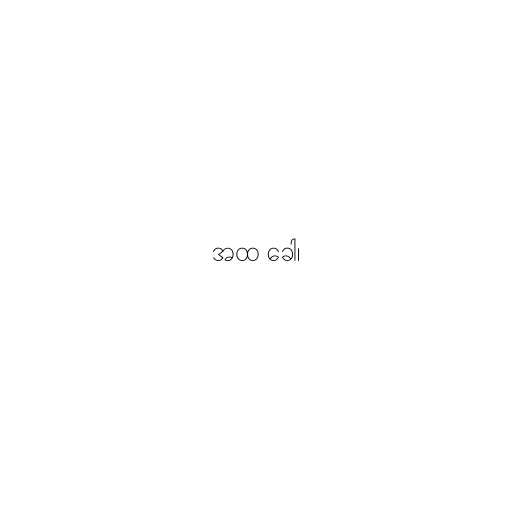
အထ ခေါ၊